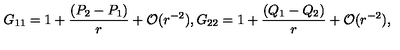
G _ { 1 1 } = 1 + { \frac { ( P _ { 2 } - P _ { 1 } ) } { r } } + { \cal O } ( r ^ { - 2 } ) , G _ { 2 2 } = 1 + { \frac { ( Q _ { 1 } - Q _ { 2 } ) } { r } } + { \cal O } ( r ^ { - 2 } ) ,